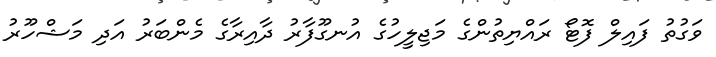
ވަގުތު ފައިލް ފޮޓޯ ރައްޔިތުންގެ މަޖިލީހުގެ އުނގޫފާރު ދާއިރާގެ މެންބަރު އަދި މަޝްހޫރު